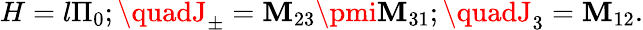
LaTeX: H=l\Pi_{0};\quadJ_{\pm}=\mathbf{M}_{23}\pmi\mathbf{M}_{31};\quadJ_{3}=\mathbf{M}_{12}.